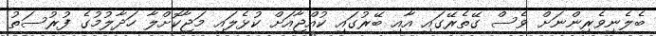
ބެލެނިވެރިންނަށް ވެސް ގޭތެރޭގައި އާއި ބޭރުގައި ކުއްޖާއަށް ކުޅެލައި މަޖާކޮށްލާ ހަދާލުމުގެ ފުރުސަތު